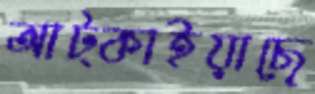
আট্‌কাইয়াছে